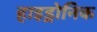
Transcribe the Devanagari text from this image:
हाइड्रोनिक